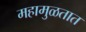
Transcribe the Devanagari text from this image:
महामुळतात